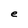
Character: e